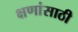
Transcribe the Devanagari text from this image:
क्षणांसाठी